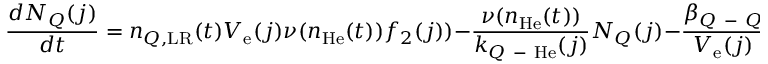
\frac { d N _ { Q } ( j ) } { d t } = n _ { Q , \mathrm { L R } } ( t ) V _ { \mathrm { e } } ( j ) \nu ( n _ { \mathrm { H e } } ( t ) ) f _ { 2 } ( j ) ) - \frac { \nu ( n _ { \mathrm { H e } } ( t ) ) } { k _ { Q \mathrm { ~ - ~ } \mathrm { H e } } ( j ) } N _ { Q } ( j ) - \frac { \beta _ { Q \mathrm { ~ - ~ } Q } } { V _ { \mathrm { e } } ( j ) } N _ { Q } ^ { 2 } ( j ) - \Gamma _ { \mathrm { R R } } .